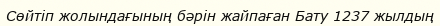
Сөйтіп жолындағының бәрін жайпаған Бату 1237 жылдың